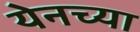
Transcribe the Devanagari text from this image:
येनच्या